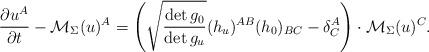
LaTeX: \begin{align*}\frac{\partial u^A}{\partial t}-\mathcal{M}_\Sigma(u)^A=\left( \sqrt{\frac{\det g_0}{\det g_u}}(h_u)^{AB}(h_0)_{BC}-\delta_C^A \right)\cdot \mathcal{M}_\Sigma(u)^C.\end{align*}